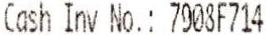
CASH INV NO.: 7908F714